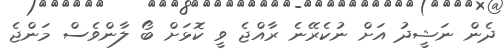
ދެން ނަޝީދު އަށް ނުކެރޭނެ ރާއްޖެ ވީ ކޮޅަށް ބޯ ލާންވެސް މަންޖެ